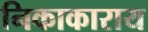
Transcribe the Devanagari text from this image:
निकाकाराय